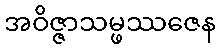
အဝိဇ္ဇာသမ္ဖဿဇေန